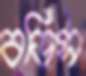
বডিস